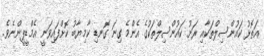
އަތޮޅު ކައުންސިލްތަކާއި ރަށު ކައުންސިލްތަކުގެ އެންމެ ގިނަ ގޮނޑި ކާމިޔާބު ކޮށްފައިވަނީ އެމްޑީޕީންނެވެ.